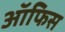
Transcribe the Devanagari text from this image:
आॅफिस